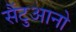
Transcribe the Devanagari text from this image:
सैंटुआनो